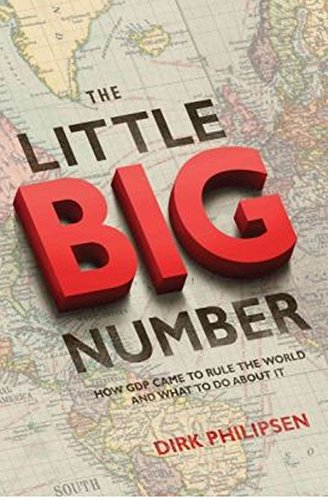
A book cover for The Little Big Number: How GDP Came to Rule the World and What to Do about It; Dirk Philipsen; Business & Money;